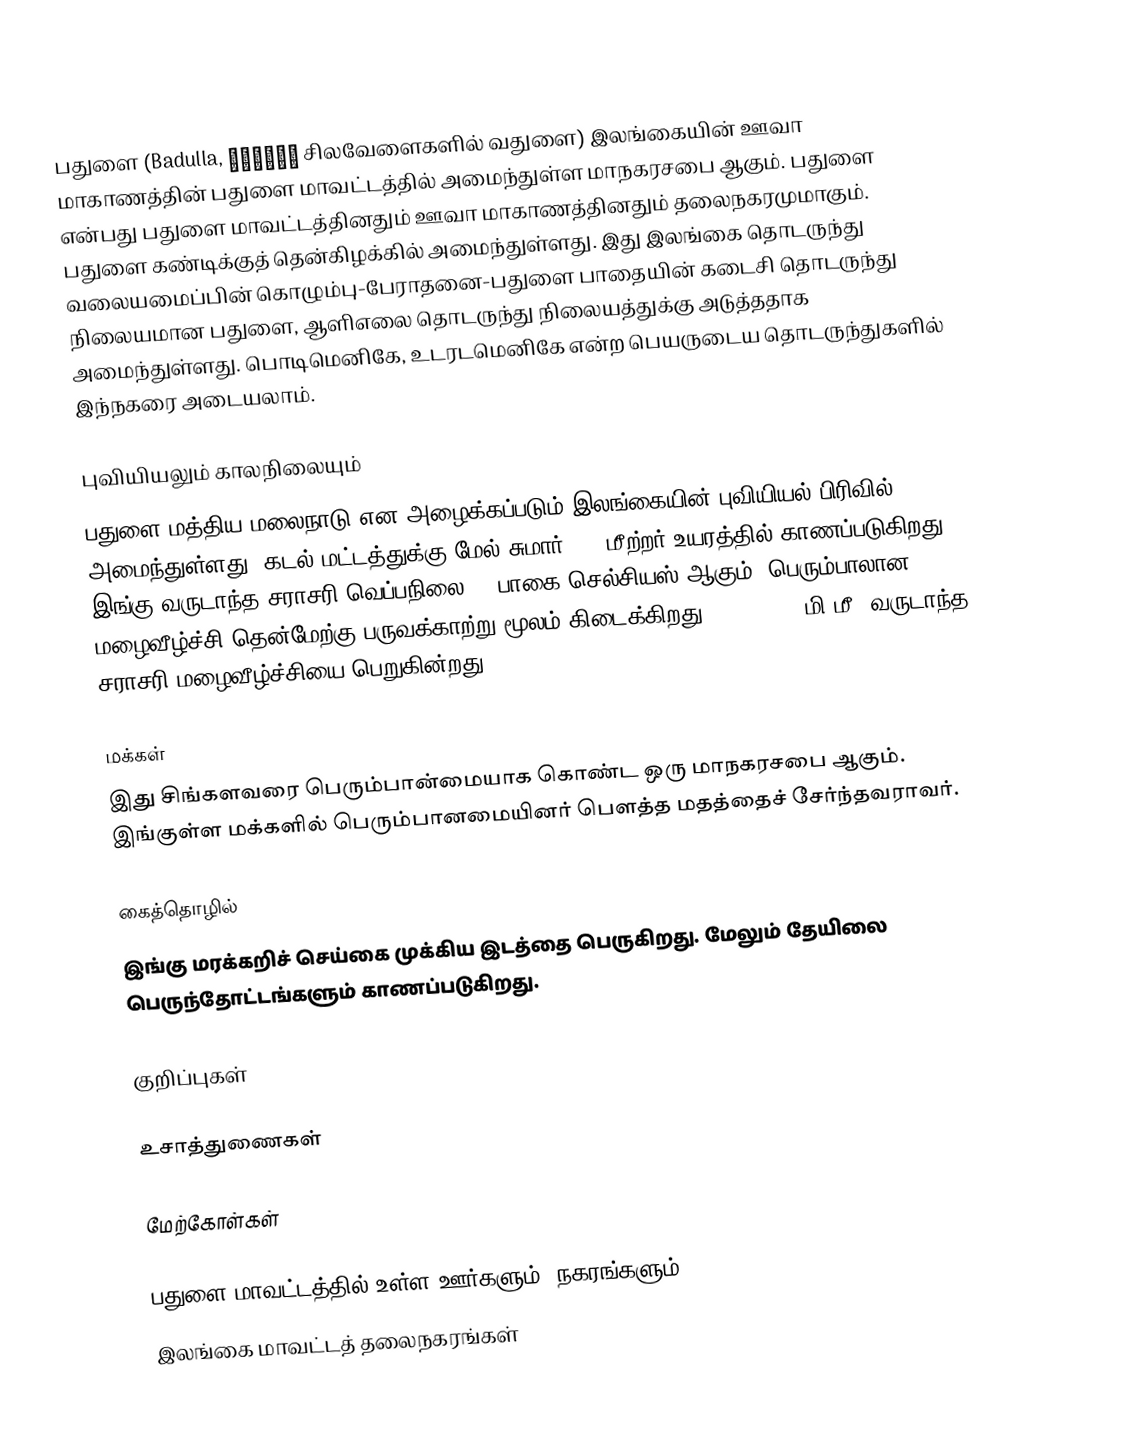
பதுளை (Badulla, බදුල්ල சிலவேளைகளில் வதுளை) இலங்கையின் ஊவா மாகாணத்தின் பதுளை மாவட்டத்தில் அமைந்துள்ள மாநகரசபை ஆகும். பதுளை என்பது பதுளை மாவட்டத்தினதும் ஊவா மாகாணத்தினதும் தலைநகரமுமாகும். பதுளை கண்டிக்குத் தென்கிழக்கில் அமைந்துள்ளது. இது இலங்கை தொடருந்து வலையமைப்பின் கொழும்பு-பேராதனை-பதுளை பாதையின் கடைசி தொடருந்து நிலையமான பதுளை, ஆளிஎலை தொடருந்து நிலையத்துக்கு அடுத்ததாக அமைந்துள்ளது. பொடிமெனிகே, உடரடமெனிகே என்ற பெயருடைய தொடருந்துகளில் இந்நகரை அடையலாம்.

புவியியலும் காலநிலையும்
பதுளை  மத்திய மலைநாடு என அழைக்கப்படும்  இலங்கையின் புவியியல் பிரிவில் அமைந்துள்ளது. கடல் மட்டத்துக்கு மேல் சுமார் 680 மீற்றர்  உயரத்தில் காணப்படுகிறது. இங்கு வருடாந்த சராசரி வெப்பநிலை 23 பாகை செல்சியஸ் ஆகும். பெரும்பாலான மழைவீழ்ச்சி தென்மேற்கு பருவக்காற்று மூலம் கிடைக்கிறது. 2000-2500 மி.மீ. வருடாந்த சராசரி மழைவீழ்ச்சியை பெறுகின்றது.

மக்கள்
இது சிங்களவரை பெரும்பான்மையாக கொண்ட ஒரு மாநகரசபை ஆகும். இங்குள்ள மக்களில் பெரும்பானமையினர் பௌத்த மதத்தைச் சேர்ந்தவராவர்.

கைத்தொழில்
இங்கு மரக்கறிச் செய்கை முக்கிய இடத்தை பெருகிறது. மேலும் தேயிலை பெருந்தோட்டங்களும் காணப்படுகிறது.

குறிப்புகள்

உசாத்துணைகள்

மேற்கோள்கள்

பதுளை மாவட்டத்தில் உள்ள ஊர்களும், நகரங்களும்
இலங்கை மாவட்டத் தலைநகரங்கள்